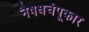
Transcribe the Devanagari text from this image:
नैषधचंपूकार